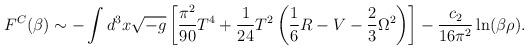
LaTeX: \begin{align*}F^C(\beta)\sim -\int d^3x \sqrt{-g}\left[{\pi^2 \over 90} T^4+ {1 \over 24} T^2\left(\frac 16 R-V-\frac 23 \Omega^2\right)\right]-{c_2 \over 16 \pi^2}\ln(\beta\rho).\end{align*}